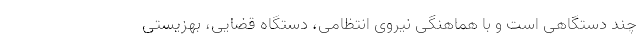
چند دستگاهی است و با هماهنگی نیروی انتظامی، دستگاه قضایی، بهزیستی